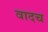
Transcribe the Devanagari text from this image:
वादच